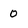
Character: 0